Report on sanitation, dispensaries, and jails in Rajputana for 1912, and on vaccination for the year 1912-1913 - 1912-1913
Year: 1912
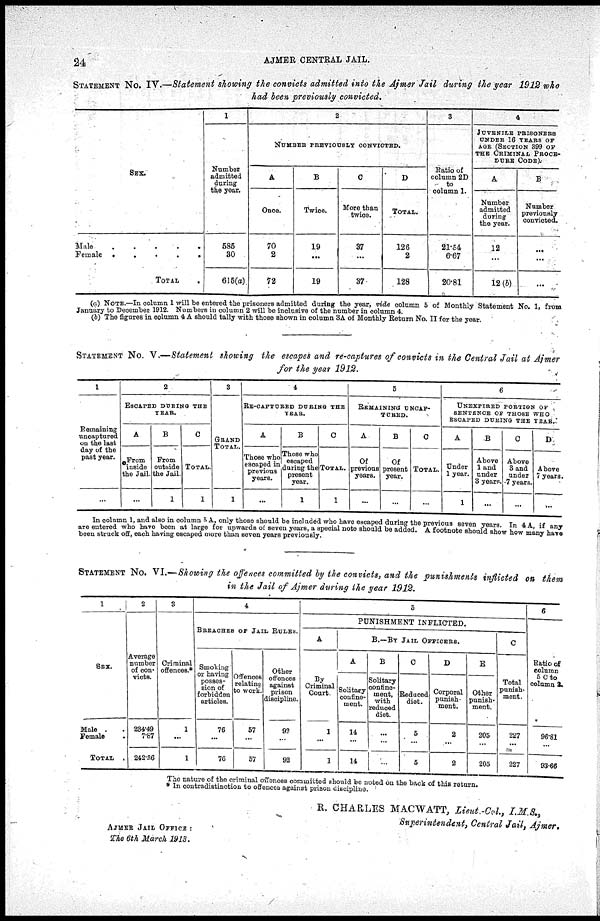
24
AJMER CENTRAL JAIL.
STATEMENT No. IV.—Statement showing the convicts admitted into the Ajmer Jail during the year 1912 who
had been previously convicted.
SEX.
Male
.
.
.
.
.
Female
.
.
.
.
.
TOTAL
1
Number
admitted
during
the year.
585
30
615(a)
2
NUMBER PREVIOUSLY CONVICTED.
A
Once.
70
2
72
B
Twice.
19
...
19
C
More than
twice
37
...
37
D
TOTAL.
126
2
128
3
Ratio of
column 2D
to
column 1.
21.54
6.67
20.81
4
JUVENILE PRISONERS
UNDER 16 YEARS OF
AGE (SECTION 399 OF
THE CRIMINAL PROCE-
DURE CODE).
A
Number
admitted
during
the year.
12
...
12(b)
B
Number
previously
convicted.
...
...
...
(a) NOTE.—In column 1 will be entered the prisoners admitted during the year, vide column 5 of Monthly Statement No. 1. from
January to December 1912. Numbers in column 2 will be inclusive of the number in column 4.
(b) The figures in column 4 A should tally with those shown in column 3A of Monthly Return No II for the year
STATEMENT No. V.—Statement showing the escapes and re-captures of convicts in the Central Jail at Ajmer
for the year 1912.
1
Remaining
uncaptured
on the last
day of the
post year.
...
2
ESCAPED DURING THE
YEAR.
A
From
inside
the Jail.
...
B
From
outside
the Jail
1
C
TOTAL.
1
3
GRAND
TOTAL.
1
4
RE-CAPTURED DURING THE
YEAR.
A
Those who
escaped in
previous
years.
...
B
Those who
escaped
during the
present
year.
1
C
TOTAL.
1
5
REMAINING UNCAP-
TURED.
A
previous
years.
...
B
present
year.
...
C
TOTAL.
...
6
UNEXPIRED PORTION OF
SENTENCE OF THOSE WHO
ESCAPED DURING THE YEAR.
A
Under
1 year.
1
B
Above
1 and
under
3 years.
...
C
Above
3 and
under
7 years.
...
D
Above
7 years.
...
In column 1, and also in column 5 A, only those should be included who have escaped during the previous seven years In 4 A, if any
are entered who have been at large for upwards of seven years, a special note should be added. A footnote should show how many have
been struck off, each having escaped more than seven years previously
STATEMENT No. VI.— Showing the offences committed by the convicts, and the punishments inflicted on them
in the Jail of Ajmer during the year 1912.
1
SEX.
Male
Female
TOTAL .
2
Average
number
of con¬
victs.
234.49
7.87
242.36
3
Criminal
offences.*
1
...
1
4
BREACHES OF JAIL RULES.
Smoking
or having
posses-
sion of
forbidden
articles.
76
...
76
Offences
relating
to work.
57
...
57
Other
offences
against
prison
discipline.
92
...
92
5
PUNISHMENT INFLICTED.
A
By
Criminal
Court
1
...
1
B.—BY JAIL OFFICERS.
A
Solitary
confine¬
ment.
14
...
14
B
Solitary
confine¬
ment,
with
reduced
diet.
...
...
...
C
Reduced
diet.
5
...
5
D
Corporal
punish¬
ment.
2
...
2
E
Other
punish¬
ment.
205
...
205
C
Total
punish-
ment.
227
...
227
6
Ratio of
column
5 C to
column 2.
96.81
...
93.66
The nature of the criminal offences committed should be noted on the back of this return.
* In contradistinction to offences against prison disciplins.
R. CHARLES MACWATT, Lieut.-Col., I.M.S.,
Superintendent, Central Jail, Ajmer,
AJMER JAIL OFFICE :
The 6th March 1913.